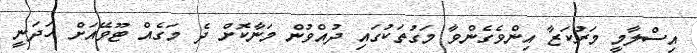
އިސްލާމީ މަރުކަޒާ އިންވެގެންވާ މަގުތަކުގައި ދުއްވުން މަނާކޮށް ދެ މަގެއް ޓޫވޭއަށް ހަދަނީ